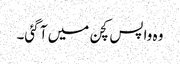
وہ واپس کچن میں آ گئی۔